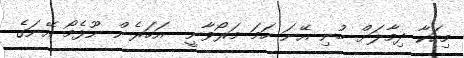
މިހަކާ ދިމާލަށް ބުނި އޭނަ ހަމަ މަރޯވާނީ  އަހަރެން ނޫޅެމޯ އޭނަގެ